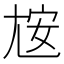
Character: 𰍮